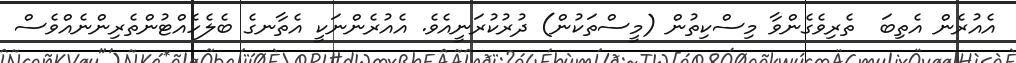
އެއުރެން އެތިބަ  ތެރިވެގެންވާ މިސްކިތުން (މީސްތަކުން) ދުރުކުރަނީއެވެ. އެއުރެންނަކީ އެތާނގެ ބެލެހެއްޓުންތެރިންނެއްވެސް